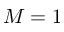
M = 1